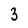
Character: 3